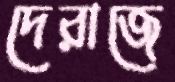
দেরাজে